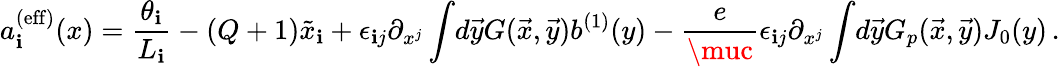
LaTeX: a_{\mathbf{i}}^{(\mathrm{{eff}})}(x)={\frac{{\theta_{\mathbf{i}}}}{{L_{\mathbf{i}}}}}-(Q+1)\tilde{{x}}_{\mathbf{i}}+\epsilon_{\mathbf{i}j}\partial_{x^{j}}\int\! d\vec{{y}}G(\vec{{x}},\vec{{y}})b^{(1)}(y)-{\frac{{e}}{{\muc}}}\epsilon_{\mathbf{i}j}\partial_{x^{j}}\int\! d\vec{{y}}G_{p}(\vec{{x}},\vec{{y}})J_{0}(y)\, .